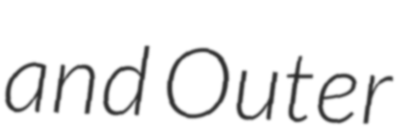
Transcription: and Outer